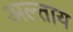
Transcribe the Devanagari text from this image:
अल्ताय